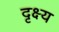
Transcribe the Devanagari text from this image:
दृक्ष्य